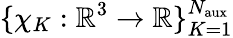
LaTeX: \{ \chi_{K}:\mathbb{R}^{3}\rightarrow\mathbb{R}\} _{K=1}^{N_{\mathrm{aux}}}